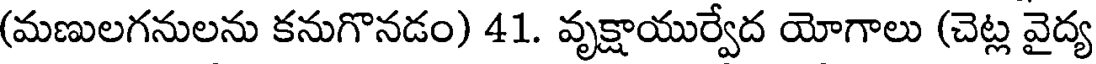
(మణులగనులను కనుగొనడం) 41. వృక్షాయుర్వేద యోగాలు (చెట్ల వైద్య